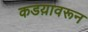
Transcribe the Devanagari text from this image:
कडय़ावरून